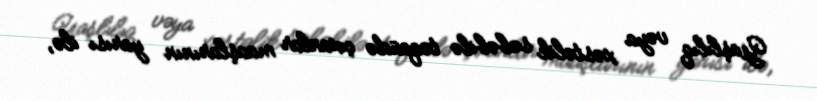
Yaşlılıq vəya xəstəlik səbəbilə təqaüdə çıxanlar maaşlarının yarısı ilə,